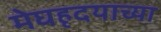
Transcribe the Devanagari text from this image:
मेघहृदयाच्या